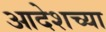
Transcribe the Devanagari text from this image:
आदेशच्या